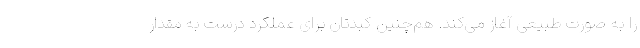
را به صورت طبیعی آغاز می‌کند. هم‌چنین کبدتان برای عملکرد درست به مقدار